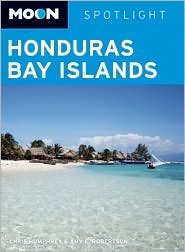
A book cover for Honduras Bay Islands Publisher: Avalon Travel Publishing; Chris Humphrey; Travel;